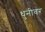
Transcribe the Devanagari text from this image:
धुनीवर